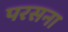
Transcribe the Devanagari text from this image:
परसना